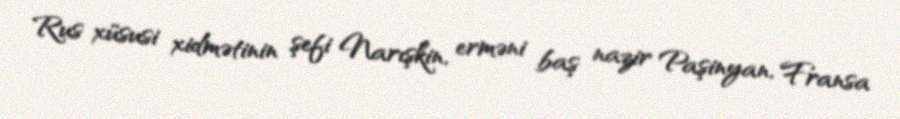
Rus xüsusi xidmətinin şefi Narışkin, erməni baş nazir Paşinyan, Fransa